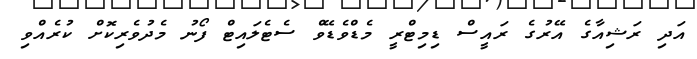
އަދި ރަޝިއާގެ އޭރުގެ ރައީސް ޑިމިޓްރީ މެޑްވެޑޭވް ސެޓެލައިޓް ފޯނު މެދުވެރިކޮށް ކުރެއްވި